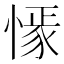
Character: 𢠟